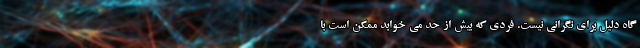
گاه دلیل برای نگرانی نیست. فردی که بیش از حد می خوابد ممکن است با